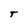
Character: T